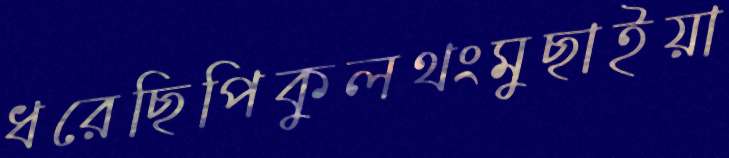
ধরেছিপিকুলথংমুছাইয়া